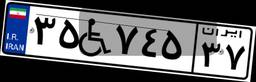
۰۳W۲۸۲۰۳